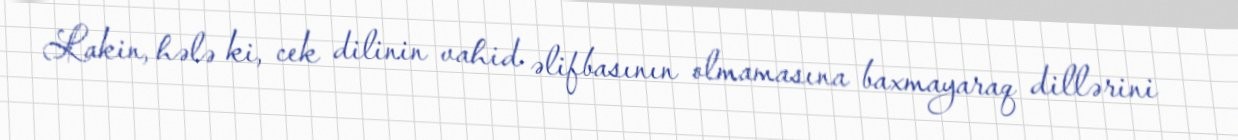
Lakin, hələ ki, cek dilinin vahid əlifbasının olmamasına baxmayaraq dillərini